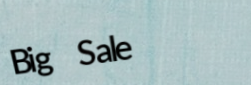
Big Sale